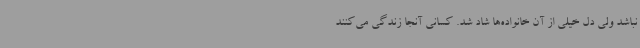
نباشد ولی دل خیلی از آن خانواده‌ها شاد شد. کسانی آنجا زندگی می‌کنند